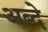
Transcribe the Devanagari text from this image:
अब्दे